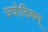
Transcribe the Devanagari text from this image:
ज्योतिषम्